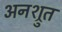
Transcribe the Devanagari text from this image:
अनश्रुत